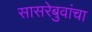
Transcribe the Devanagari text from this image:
सासरेबुवांचा